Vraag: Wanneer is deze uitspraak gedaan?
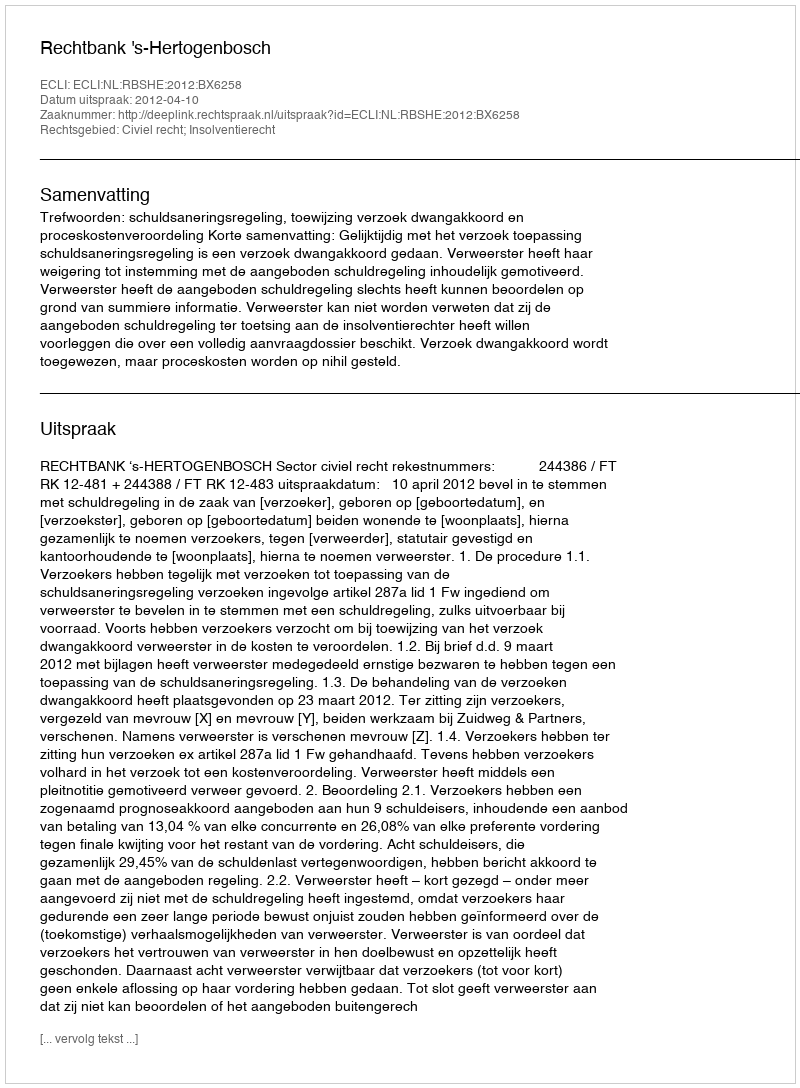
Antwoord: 2012-04-10